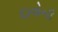
દાવોની